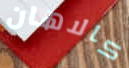
كالاهان